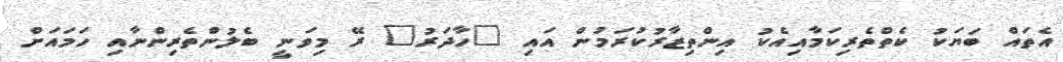
އެތައް ބަޔަކު ކެތްތެރިކަމާއިއެކު އިންތިޒާރުކުރަމުން އައި "ހާދަރު" ރޭ މިވަނީ ބެލުންތެރިންނާއި ހަމައަށް